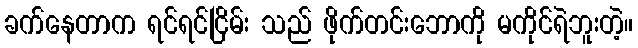
ခက်နေတာက ရင်ရင်ငြိမ်း သည် ဖိုက်တင်းဘောကို မကိုင်ရဲဘူးတဲ့။